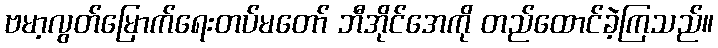
ဗမာ့လွတ်မြောက်ရေးတပ်မတော် ဘီအိုင်အေကို တည်ထောင်ခဲ့ကြသည်။